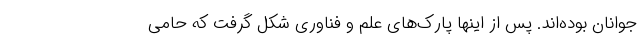
جوانان بوده‌اند. پس از اینها پارک‌های علم و فناوری شکل گرفت که حامی